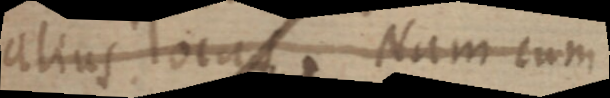
alius locus. Nam cum